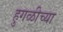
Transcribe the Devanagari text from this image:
हुगळीच्या